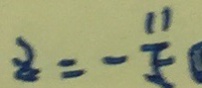
z = - \frac { 1 1 } { 5 }